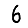
Digit: 6